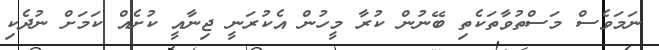
ނަމަވެސް މަސްތުވާތަކެތި ބޭނުން ކުރާ މީހުން އެކުރަނީ ޖިނާއީ ކުށެއް ކަމަށް ނުދެކި